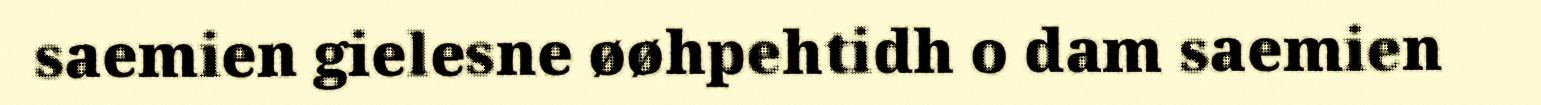
saemien gielesne øøhpehtidh o dam saemien